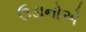
ઉડાનોએ